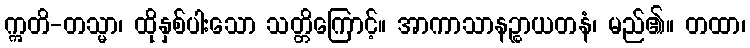
ဣတိ-တသ္မာ၊ ထိုနှစ်ပါးသော သတ္တိကြောင့်။ အာကာသာနဉ္စာယတနံ၊ မည်၏။ တထာ၊